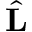
\hat { \bf L }